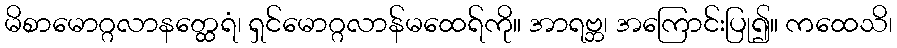
မိစာမောဂ္ဂလာနတ္ထေရံ၊ ရှင်မောဂ္ဂလာန်မထေရ်ကို။ အာရဗ္ဘ၊ အကြောင်းပြု၍။ ကထေသိ၊